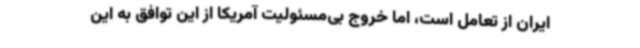
ایران از تعامل است، اما خروج بی‌مسئولیت آمریکا از این توافق به این